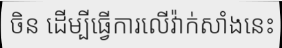
ចិន ដើម្បីធ្វើការលើវ៉ាក់សាំងនេះ